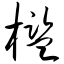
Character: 槛